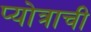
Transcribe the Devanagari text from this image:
प्योत्राची